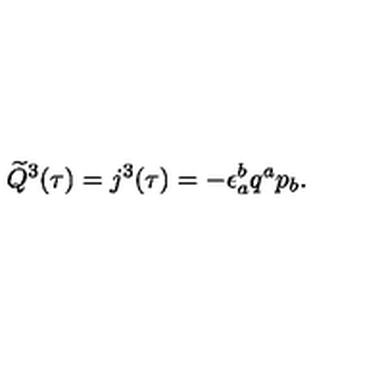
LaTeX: \widetilde Q ^ { 3 } ( \tau ) = j ^ { 3 } ( \tau ) = - \epsilon _ { a } ^ { b } q ^ { a } p _ { b } .